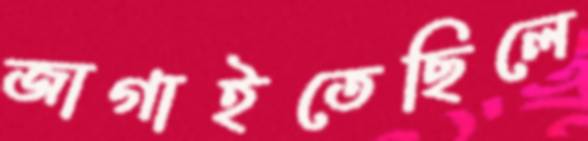
জাগাইতেছিলে